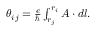
\begin{array} { r } { \theta _ { i j } = \frac { e } { \hbar } \int _ { r _ { j } } ^ { r _ { i } } \boldsymbol { A } \cdot d \boldsymbol { l } . } \end{array}